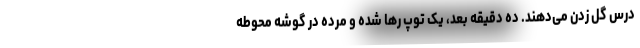
درس گل زدن می‌دهند. ده دقیقه بعد، یک توپ رها شده و مُرده در گوشه محوطه